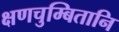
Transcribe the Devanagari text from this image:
क्षणचुम्बितानि